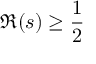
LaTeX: \Re ( s ) \geq { \frac { 1 } { 2 } }